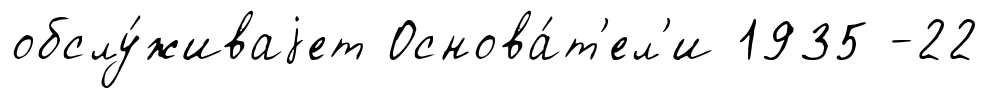
обслу́живаjет Основа́т'ел'и 1935 -22